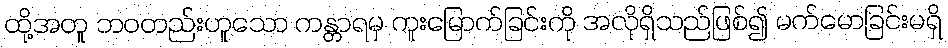
ထို့အတူ ဘဝတည်းဟူသော ကန္တာရမှ ကူးမြောက်ခြင်းကို အလိုရှိသည်ဖြစ်၍ မက်မောခြင်းမရှိ